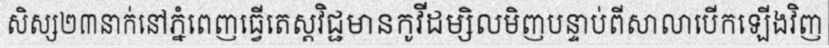
សិស្ស២៣នាក់នៅភ្នំពេញធ្វើតេស្តវិជ្ជមានកូវីដម្សិលមិញបន្ទាប់ពីសាលាបើកឡើងវិញ